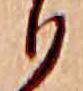
か